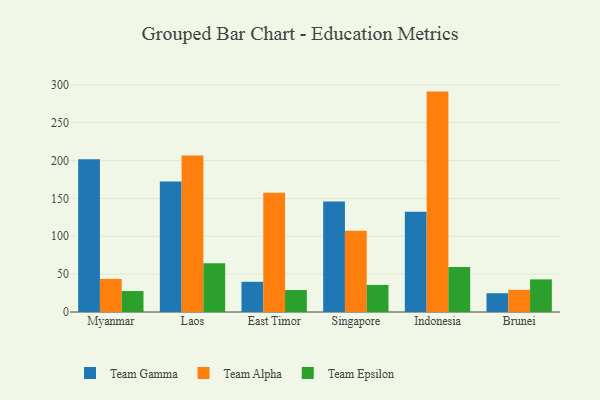
{"axis": {"x": "Country", "y": "Website Visitors"}, "legend": ["Team Alpha", "Team Epsilon", "Team Gamma"], "data": [{"x": "Myanmar", "y": 201.6, "type": "Team Gamma"}, {"x": "Myanmar", "y": 43.7, "type": "Team Alpha"}, {"x": "Myanmar", "y": 27.7, "type": "Team Epsilon"}, {"x": "Laos", "y": 172.2, "type": "Team Gamma"}, {"x": "Laos", "y": 206.6, "type": "Team Alpha"}, {"x": "Laos", "y": 64.3, "type": "Team Epsilon"}, {"x": "East Timor", "y": 39.9, "type": "Team Gamma"}, {"x": "East Timor", "y": 157.4, "type": "Team Alpha"}, {"x": "East Timor", "y": 29.0, "type": "Team Epsilon"}, {"x": "Singapore", "y": 145.9, "type": "Team Gamma"}, {"x": "Singapore", "y": 107.4, "type": "Team Alpha"}, {"x": "Singapore", "y": 35.8, "type": "Team Epsilon"}, {"x": "Indonesia", "y": 132.5, "type": "Team Gamma"}, {"x": "Indonesia", "y": 291.1, "type": "Team Alpha"}, {"x": "Indonesia", "y": 59.6, "type": "Team Epsilon"}, {"x": "Brunei", "y": 24.8, "type": "Team Gamma"}, {"x": "Brunei", "y": 29.3, "type": "Team Alpha"}, {"x": "Brunei", "y": 43.1, "type": "Team Epsilon"}]}